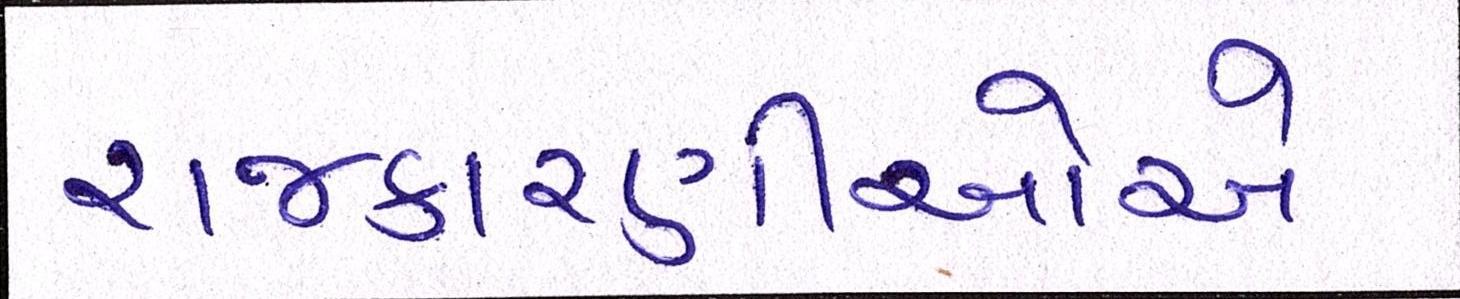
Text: રાજકારણીઓએ